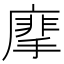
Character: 𢳁